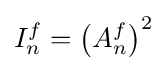
I_{n}^{f}=\left(A_{n}^{f}\right)^{2}